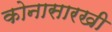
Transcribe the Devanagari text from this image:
कोनासारखी